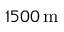
1 5 0 0 \, \mathrm { m }